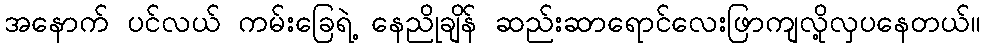
အနောက် ပင်လယ် ကမ်းခြေရဲ့ နေညိုချိန် ဆည်းဆာရောင်လေးဖြာကျလို့လှပနေတယ်။